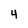
Character: 4